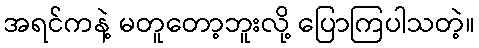
အရင်ကနဲ့ မတူတော့ဘူးလို့ ပြောကြပါသတဲ့။